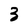
Character: 3